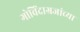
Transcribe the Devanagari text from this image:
गोविंदाग्रजांच्या